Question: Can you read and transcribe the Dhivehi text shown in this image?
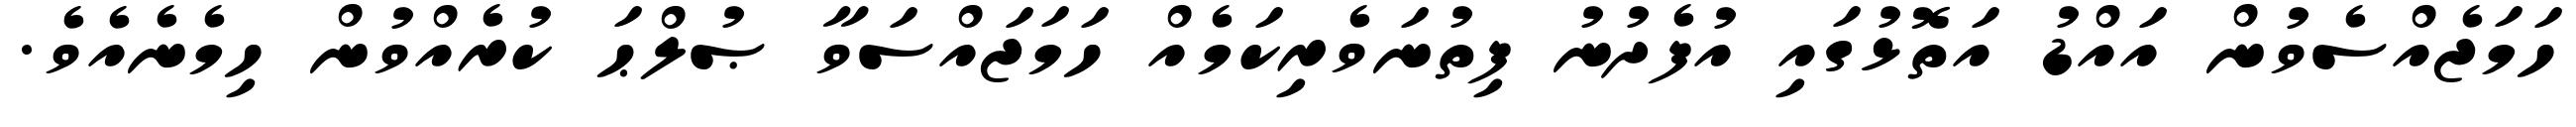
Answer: ހަމަޖެއްސެވުން އައްޑު އަތޮޅުގައި އުފެދުނު ފިތުނަވެރިކަމެއް ހަމަޖައްސަވާ ޞުލްޙަ ކުރެއްވުން ހިމެނެއެވެ.